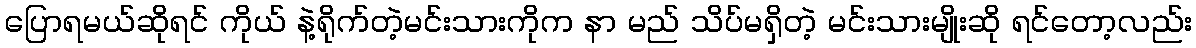
ပြောရမယ်ဆိုရင် ကိုယ် နဲ့ရိုက်တဲ့မင်းသားကိုက နာ မည် သိပ်မရှိတဲ့ မင်းသားမျိုးဆို ရင်တော့လည်း